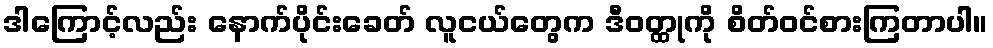
ဒါကြောင့်လည်း နောက်ပိုင်းခေတ် လူငယ်တွေက ဒီဝတ္ထုကို စိတ်ဝင်စားကြတာပါ။